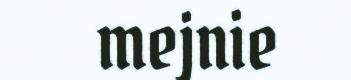
mejnie